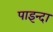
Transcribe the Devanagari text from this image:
पाइन्दा